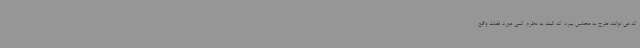
که می توانند طرح به مجلس ببرد که البته به نظرم کمی مورد غفلت واقع